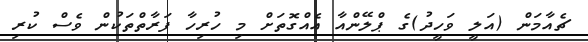
ޗެއާމަން (އަލީ ވަހީދު)ގެ ޕްލޭންއާ އެއްގޮތަށް މި ހުރިހާ ފަރާތްތަކުން ވެސް ކުރި